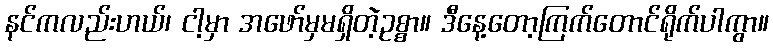
နင်ကလည်းဟယ်၊ ငါ့မှာ အဖော်မှမရှိတဲ့ဥစ္စာ။ ဒီနေ့တော့ကြက်တောင်ရိုက်ပါကွာ။